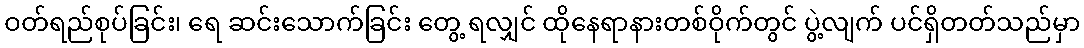
ဝတ်ရည်စုပ်ခြင်း၊ ရေ ဆင်းသောက်ခြင်း တွေ့ ရလျှင် ထိုနေရာနားတစ်ဝိုက်တွင် ပွဲ့လျက် ပင်ရှိတတ်သည်မှာ